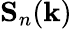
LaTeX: \mathbf{S}_{n}(\mathbf{k})